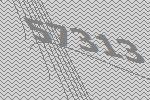
57313